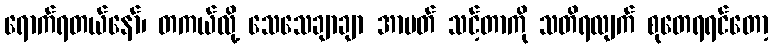
ရောက်ရတယ်နော်၊ တကယ်လို့ သေသေချာချာ အာပတ် သင့်တာကို သတိရလျက် စုတေရရင်တော့